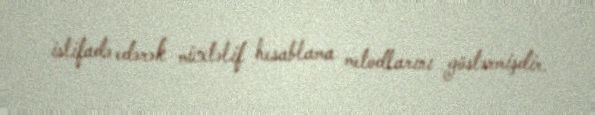
istifadə edərək müxtəlif hesablama metodlarını göstərmişdir.